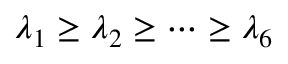
\lambda _ { 1 } \ge \lambda _ { 2 } \ge \cdots \ge \lambda _ { 6 }